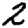
Digit: 2